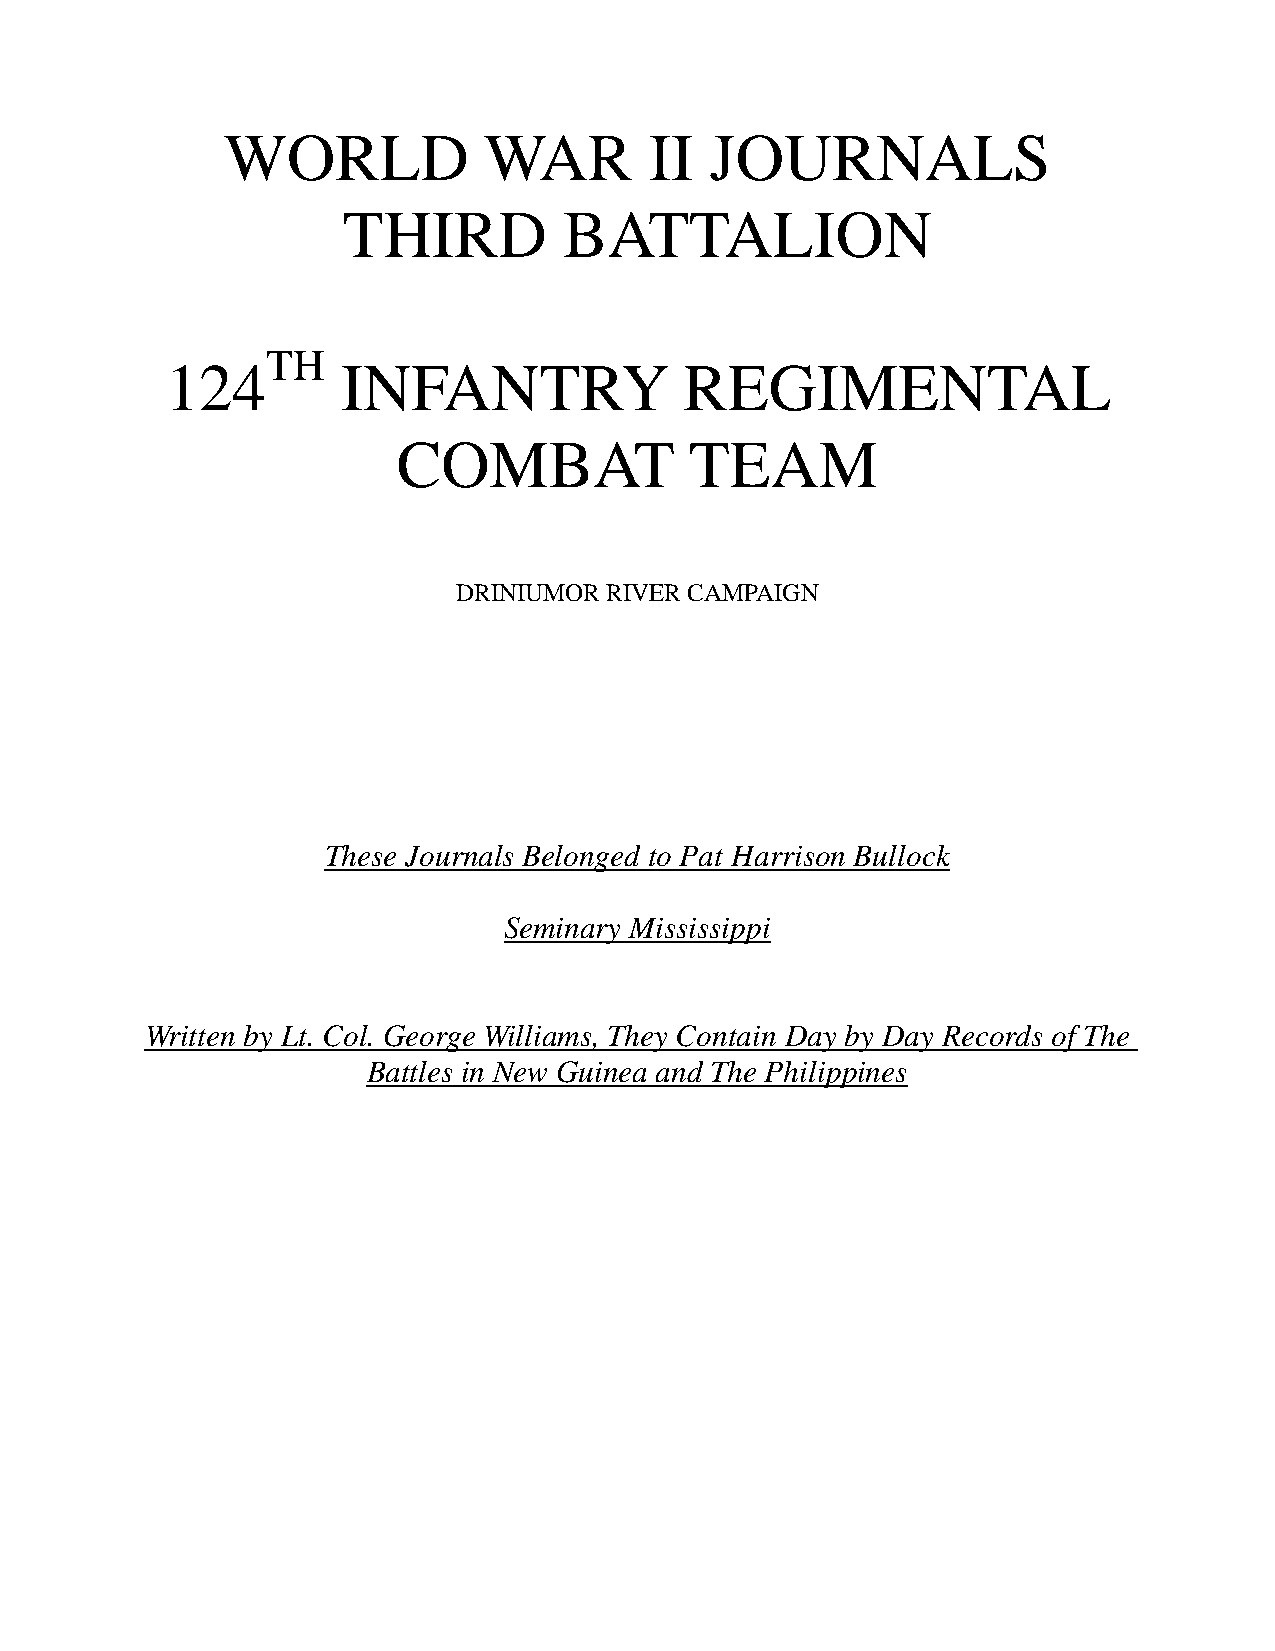
WORLD            WAR        II  JOURNALS
 THIRD         BATTALION
 TH
 124         INFANTRY              REGIMENTAL
 COMBAT              TEAM
 DRINIUMOR RIVER CAMPAIGN
 These Journals Belonged to Pat Harrison Bullock
 Seminary Mississippi
 Written by Lt. Col. George Williams, They Contain Day by Day Records of The
 Battles in New Guinea and The Philippines